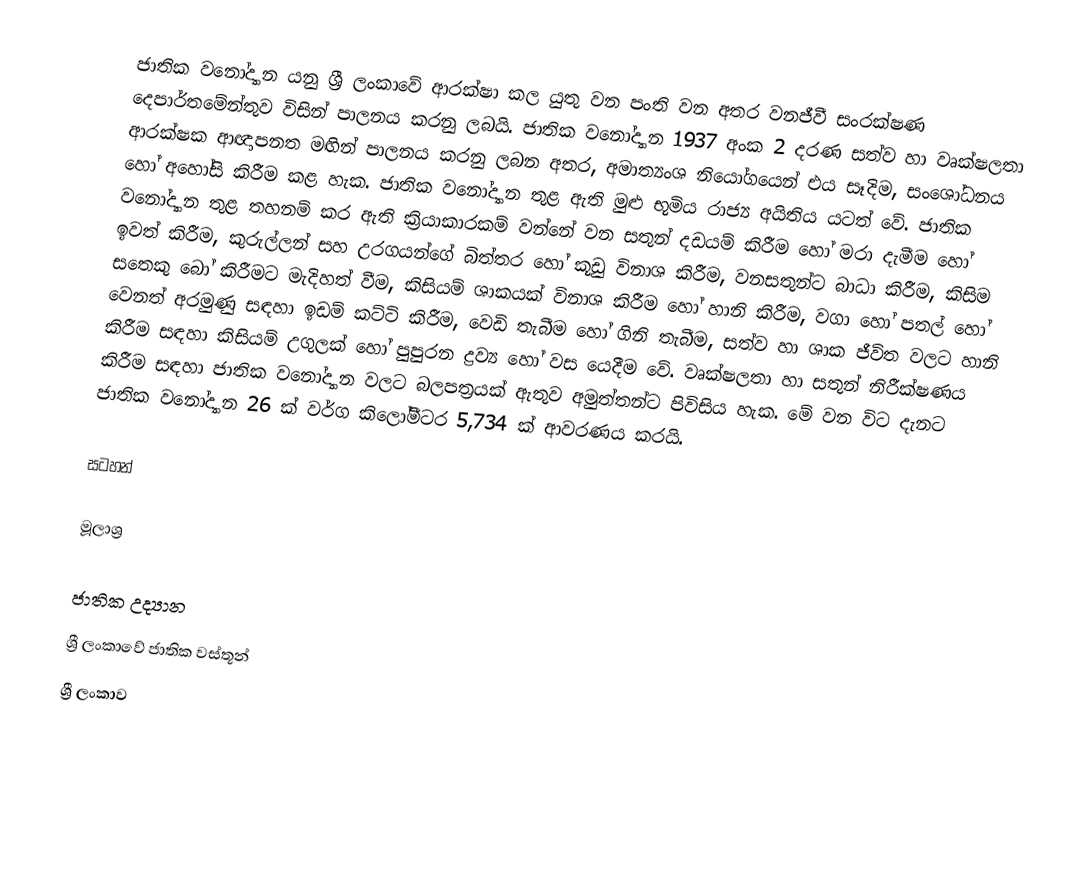
ජාතික වනෝද්‍යාන යනු ශ්‍රී ලංකාවේ ආරක්ෂා කල යුතු වන පංති වන අතර වනජීවී සංරක්ෂණ දෙපාර්තමේන්තුව විසින් පාලනය කරනු ලබයි. ජාතික වනෝද්‍යාන 1937 අංක 2 දරණ සත්ව හා වෘක්ෂලතා ආරක්ෂක ආඥාපනත මඟින් පාලනය කරනු ලබන අතර, අමාත්‍යංශ නියෝගයෙන් එය සෑදිම, සංශෝධනය හෝ අහෝසි කිරීම කළ හැක. ජාතික වනෝද්‍යාන තුළ ඇති මුළු භූමිය රාජ්‍ය අයිතිය යටත් වේ. ජාතික වනෝද්‍යාන තුළ තහනම් කර ඇති ක්‍රියාකාරකම් වන්නේ වන සතුන් දඩයම් කිරීම හෝ මරා දැමීම හෝ ඉවත් කිරීම, කුරුල්ලන් සහ උරගයන්ගේ බිත්තර හෝ කූඩු විනාශ කිරීම, වනසතුන්ට බාධා කිරීම, කිසිම සතෙකු බෝ කිරීමට මැදිහත් වීම, කිසියම් ශාකයක් විනාශ කිරීම හෝ හානි කිරීම, වගා හෝ පතල් හෝ වෙනත් අරමුණු සඳහා ඉඩම් කට්ටි කිරීම, වෙඩි තැබීම හෝ ගිනි තැබීම, සත්ව හා ශාක ජීවිත වලට හානි කිරීම සඳහා කිසියම් උගුලක් හෝ පුපුරන ද්‍රව්‍ය හෝ වස යෙදීම වේ. වෘක්ෂලතා හා සතුන් නිරීක්ෂණය කිරීම සඳහා ජාතික වනෝද්‍යාන වලට බලපත්‍රයක් ඇතුව අමුත්තන්ට පිවිසිය හැක. මේ වන විට දැනට ජාතික වනෝද්‍යාන 26 ක් වර්ග කිලෝමීටර 5,734 ක් ආවරණය කරයි.

සටහන්

මූලාශ්‍ර

ජාතික උද්‍යාන
ශ්‍රී ලංකාවේ ජාතික වස්තූන්
ශ්‍රී ලංකාව